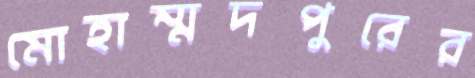
মোহাম্মদপুরের